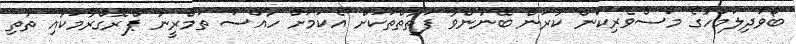
ބޯވަދިލަމަހުގެ މަސްވެރިކަން ކުރަން ބޭނުންވާ ފަތާތްތަކަށް އެކަމަށް ހާއްސަ ތަމްރީނު ޕްރޮގްރާމަކާއި ތުތި